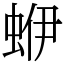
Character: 蛜